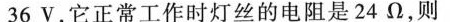
36V，它正常工作时灯丝的电阻是24Ω，则